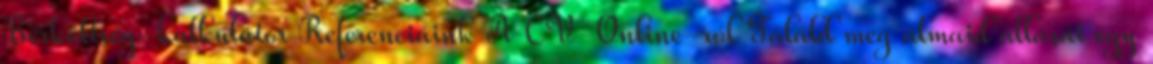
Bérköltség-kalkulátor Referenciáink A CV-Online-ról Találd meg álmaid állását egy